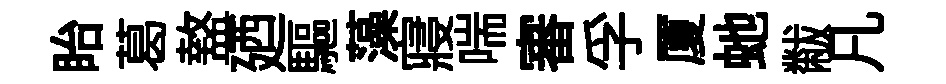
眙葛盩廼驅藻寢喘審孚厦虵黻凡